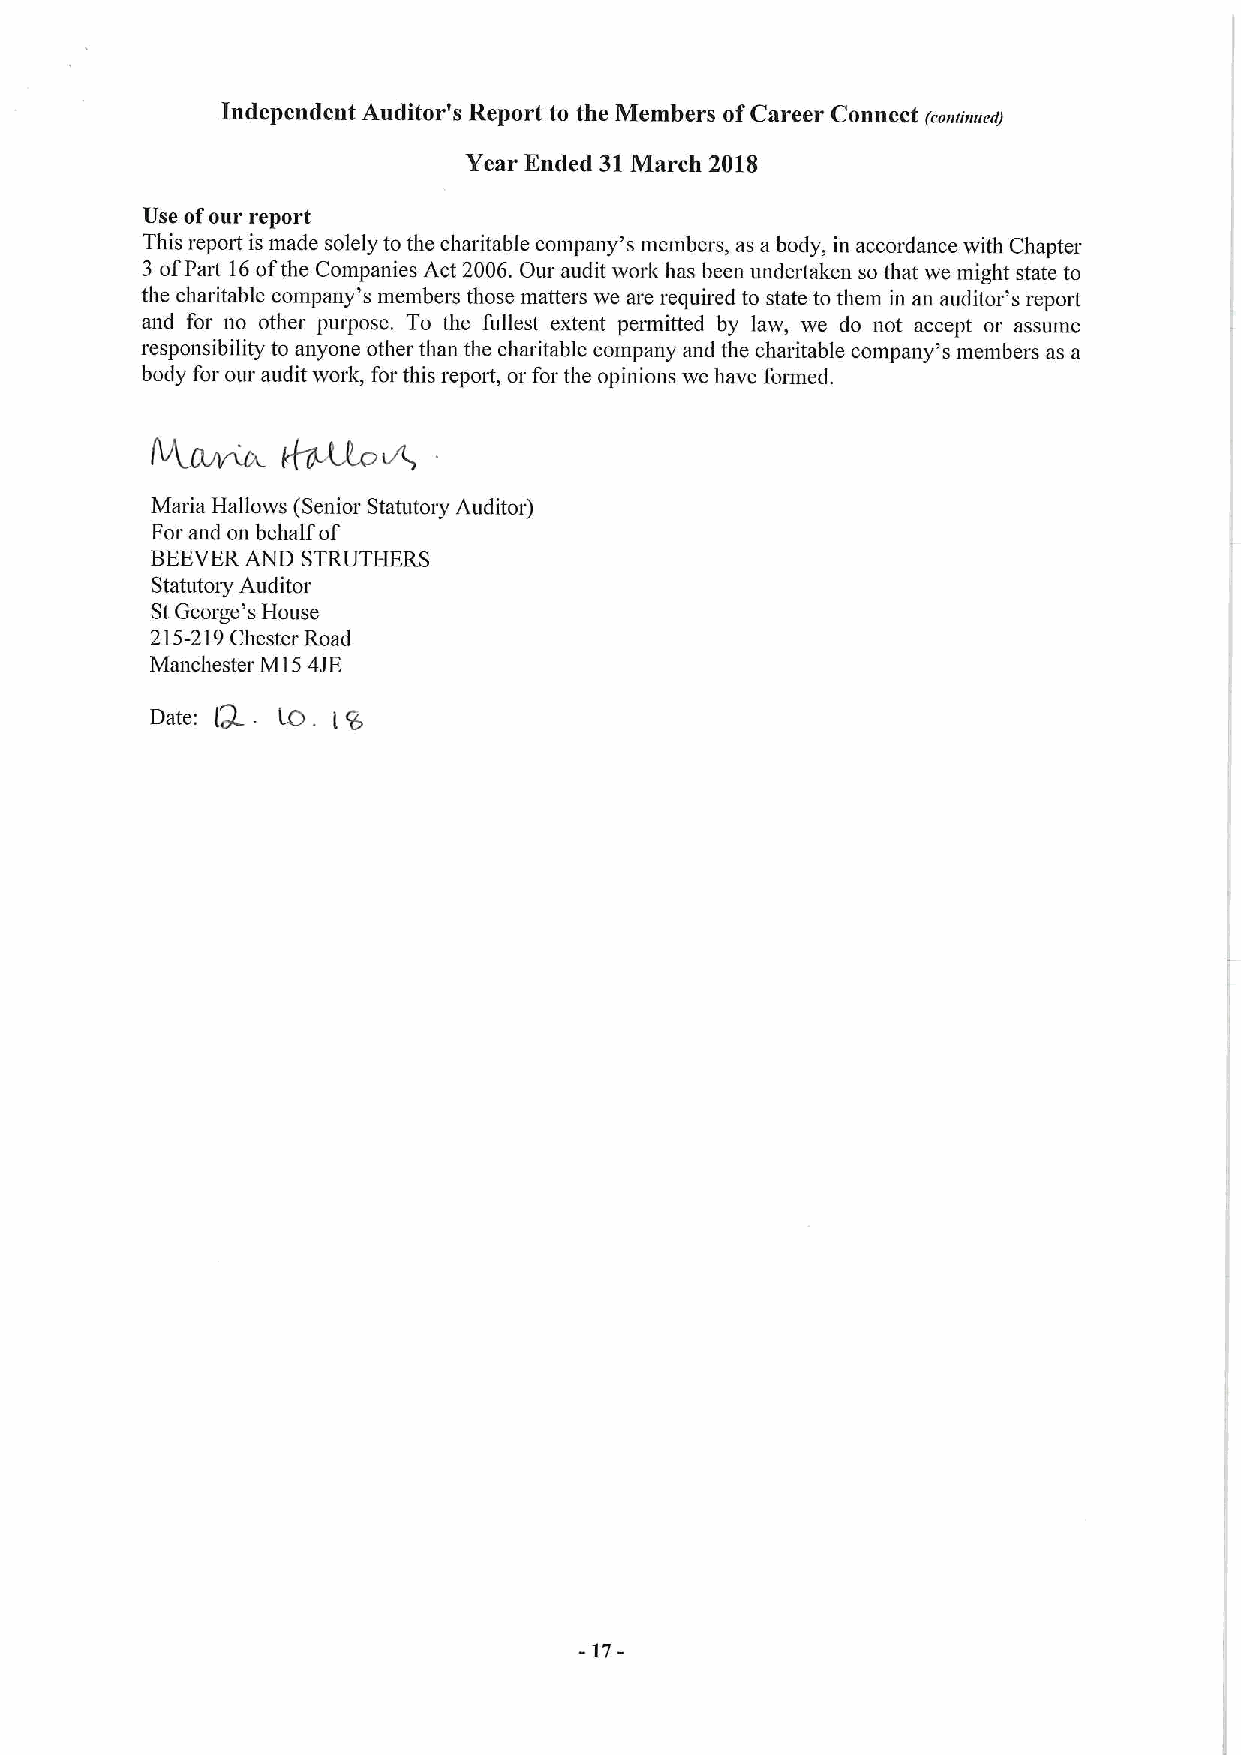
Independent Auditor's Report to the Members ofCareer Connect
 (connived)
 Year Ended 31March 2018
 Use ofour report
 This repott is made solely to the charitable company's members, as a body, in accordance with Chapter
 3 ofPart 16ofthe Companies Act 2006.Our audit work has been undertaken so that we might state to
 the charitable company's members those matters we are required to state to them in an auditor's report
 and for no other purpose. To the fullest extent permitted by law, we do not accept or assume
 responsibility to anyone other than the charitable company and the charitable company's members as a
 body for our audit work, for this report, or for the opinions we have formed.
 Maria Hallows (Senior Statutory Auditor)
 For and on behalf of
 BEEVERAND STRUTHERS
 Statutory Auditor
 StGeorge's House
 215-219Chester Road
 Manchester M15 4JE
 Date: Lol . LO
 -17